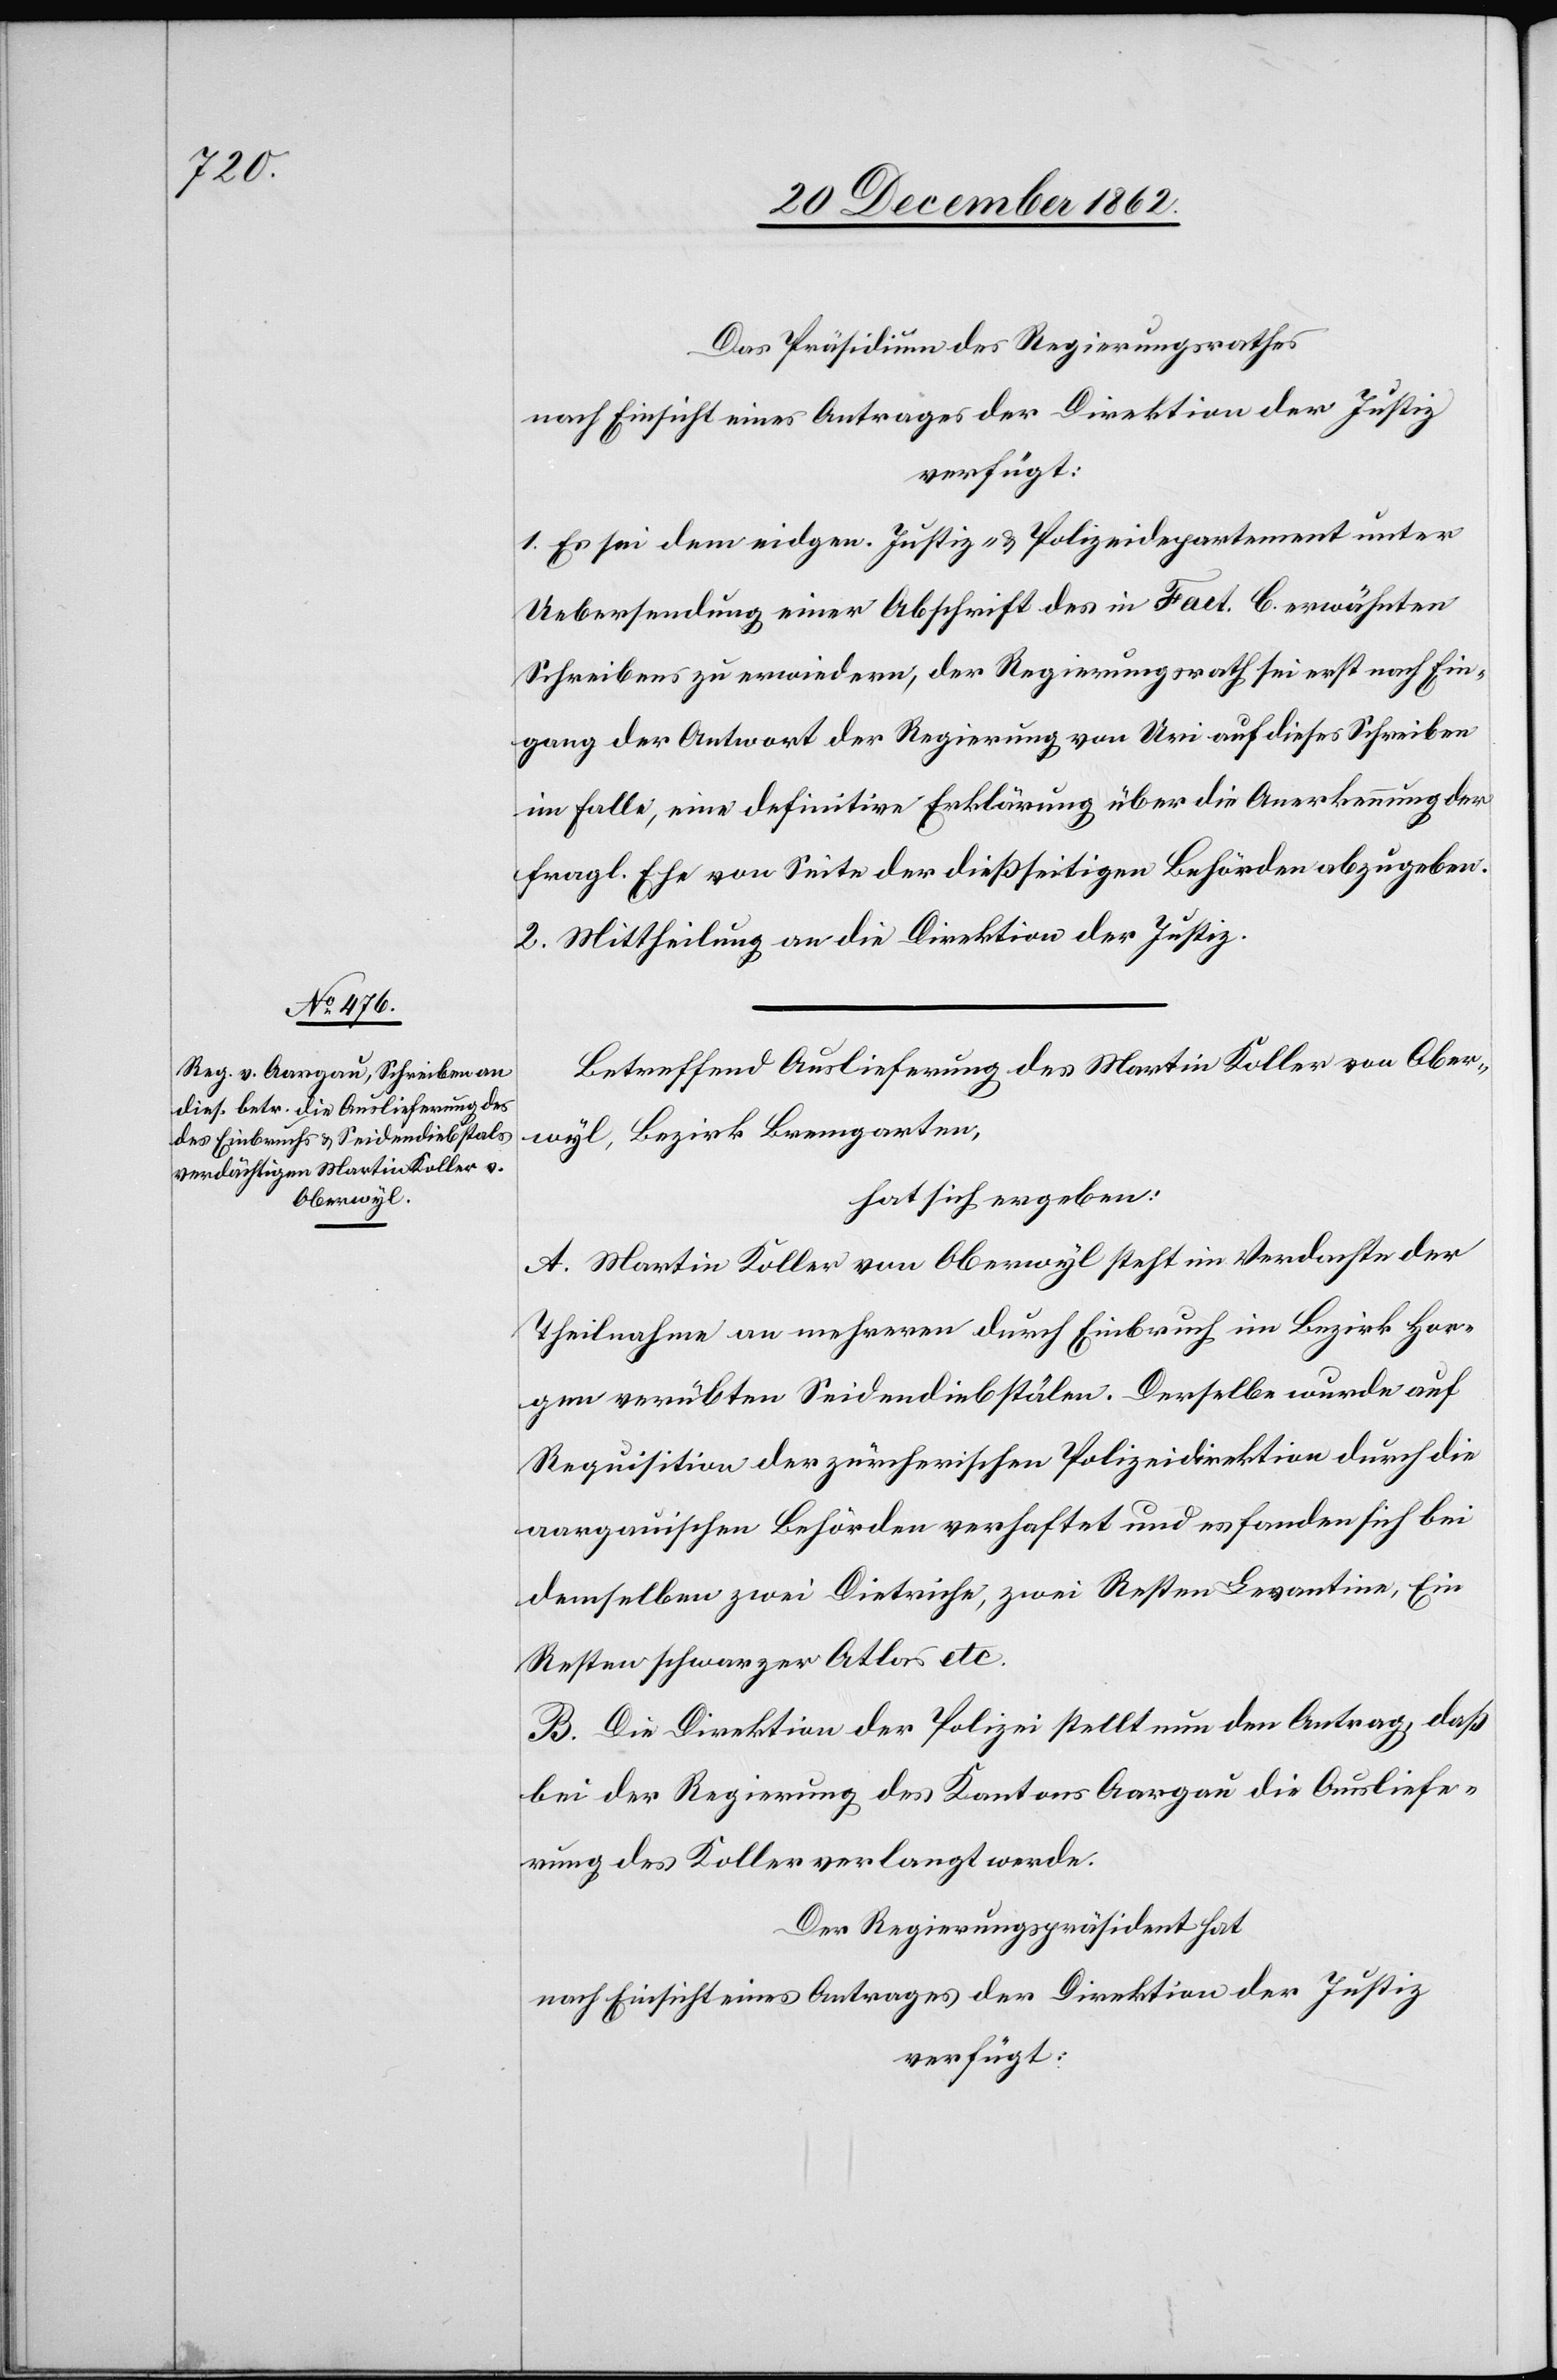
23. December 1862.]
Das Präsidium des Regierungsrathes
nach Einsicht eines Antrages der Direktion der Justiz
verfügt:
1. Es sei dem eidgen. Justiz- u. Polizeidepartement unter
Uebersendung einer Abschrift des in Fact. C erwähnten
Schreiben zu erwiedern, der Regierungsrath sei erst nach Ein¬
gang der Antwort der Regierung von Uri auf dieses Schreiben
im Falle, eine definitive Erklärung über die Anerkennung der
fragl. Ehe von Seite der dießseitigen Behörden abzugeben.
2. Mittheilung an die Direktion der Justiz.
Betreffend Auslieferung des Martin Koller von Ober¬
wyl, Bezirk Bremgarten,
hat sich ergeben:
A. Martin Koller von Oberwyl steht im Verdachte der
Theilnahme an mehreren durch Einbruch im Bezirk Hor¬
gen verübten Seidendiebstälen. Derselbe wurde auf
Requisition der zürcherischen Polizeidirektion durch die
aargauischen Behörden verhaftet und es fanden sich bei
demselben zwei Dietriche, zwei Resten Levantine, Ein
Resten schwarzer Atlas etc.
B. Die Direktion der Polizei stellt nun den Antrag, daß
bei der Regierung des Kantons Aargau die Ausliefe¬
rung des Koller verlangt werde.
Der Regierungspräsident hat
nach Einsicht eines Antrages der Direktion der Justiz
verfügt: